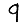
Digit: 9